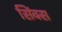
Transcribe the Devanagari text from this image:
सिंक्स